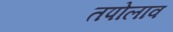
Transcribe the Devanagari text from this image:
तपोलाव